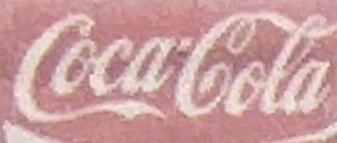
CocaCola